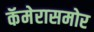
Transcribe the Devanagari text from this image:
कॅमेरासमोर